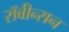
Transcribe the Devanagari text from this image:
रॉबीन्सन